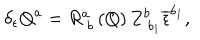
\delta _ { \epsilon } Q ^ { a } = R _ { \; b } ^ { a } \left( Q \right) Z _ { \; b _ { 1 } } ^ { b } \overline { { { \epsilon } } } ^ { b _ { 1 } } ,